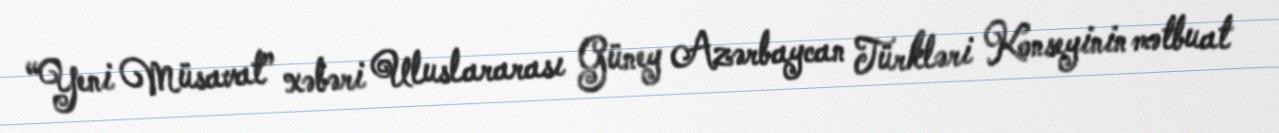
“Yeni Müsavat” xəbəri Uluslararası Güney Azərbaycan Türkləri Konseyinin mətbuat